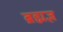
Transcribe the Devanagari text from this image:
ब्रह्मज्ञ